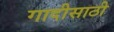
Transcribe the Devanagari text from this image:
गादीसाठी